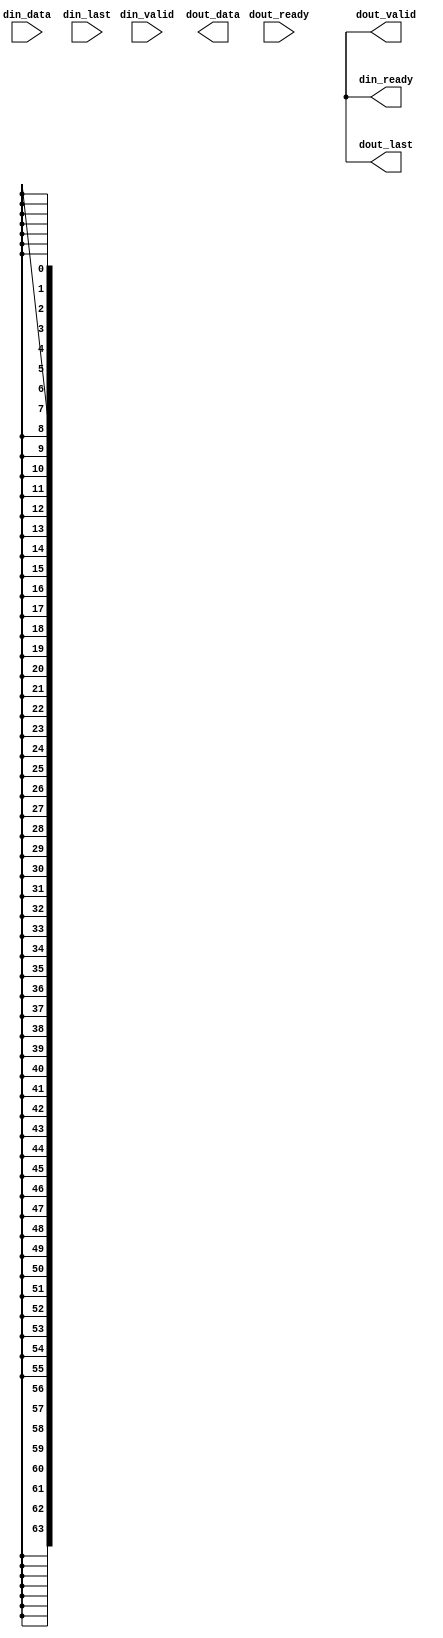
module Exporter (
    input wire[63:0] din_data,
    input wire din_last,
    output wire din_ready,
    input wire din_valid,
    output wire[63:0] dout_data,
    output wire dout_last,
    input wire dout_ready,
    output wire dout_valid
);
    assign din_ready = 1'bx;
    assign dout_data = 64'bxxxxxxxxxxxxxxxxxxxxxxxxxxxxxxxxxxxxxxxxxxxxxxxxxxxxxxxxxxxxxxxx;
    assign dout_last = 1'bx;
    assign dout_valid = 1'bx;
endmodule